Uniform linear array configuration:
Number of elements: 16
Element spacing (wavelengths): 0.5
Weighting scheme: cosine
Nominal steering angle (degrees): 0
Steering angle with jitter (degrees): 1.249
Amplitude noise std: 0.05
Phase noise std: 0.05

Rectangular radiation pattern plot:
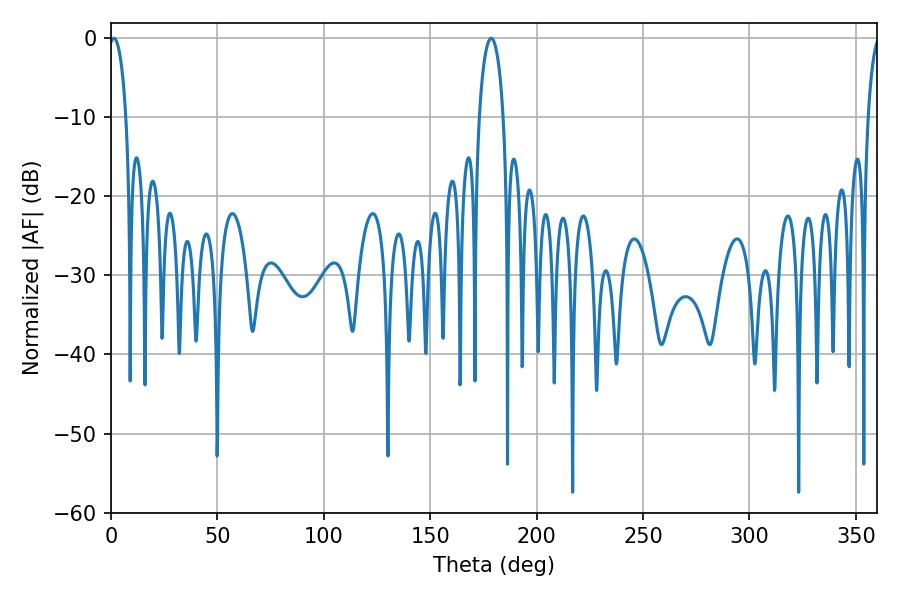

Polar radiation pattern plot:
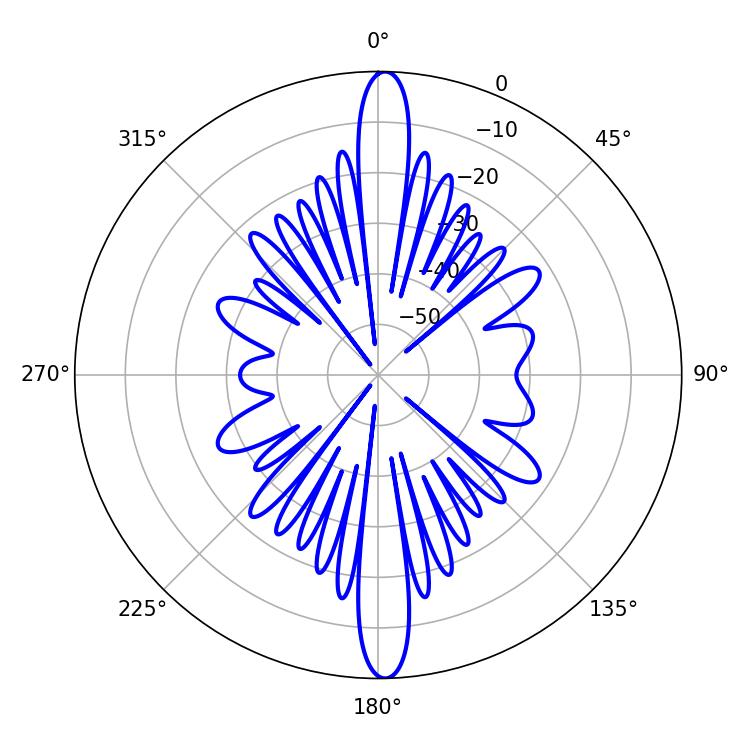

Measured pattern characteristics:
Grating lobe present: FALSE
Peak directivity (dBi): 24.828
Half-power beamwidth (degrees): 4.5
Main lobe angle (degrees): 1.44